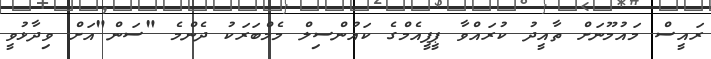
ރައީސް މައުމޫނަށް ތާއީދު ކުރައްވާ ޕީޕީއެމްގެ ކައުންސިލް މެމްބަރަކު ދެންމެ "ސަން"އަށް ވިދާޅުވީ